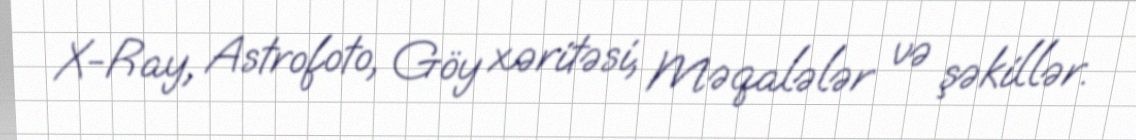
X-Ray, Astrofoto, Göy xəritəsi, Məqalələr və şəkillər.